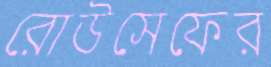
রোউসেফের